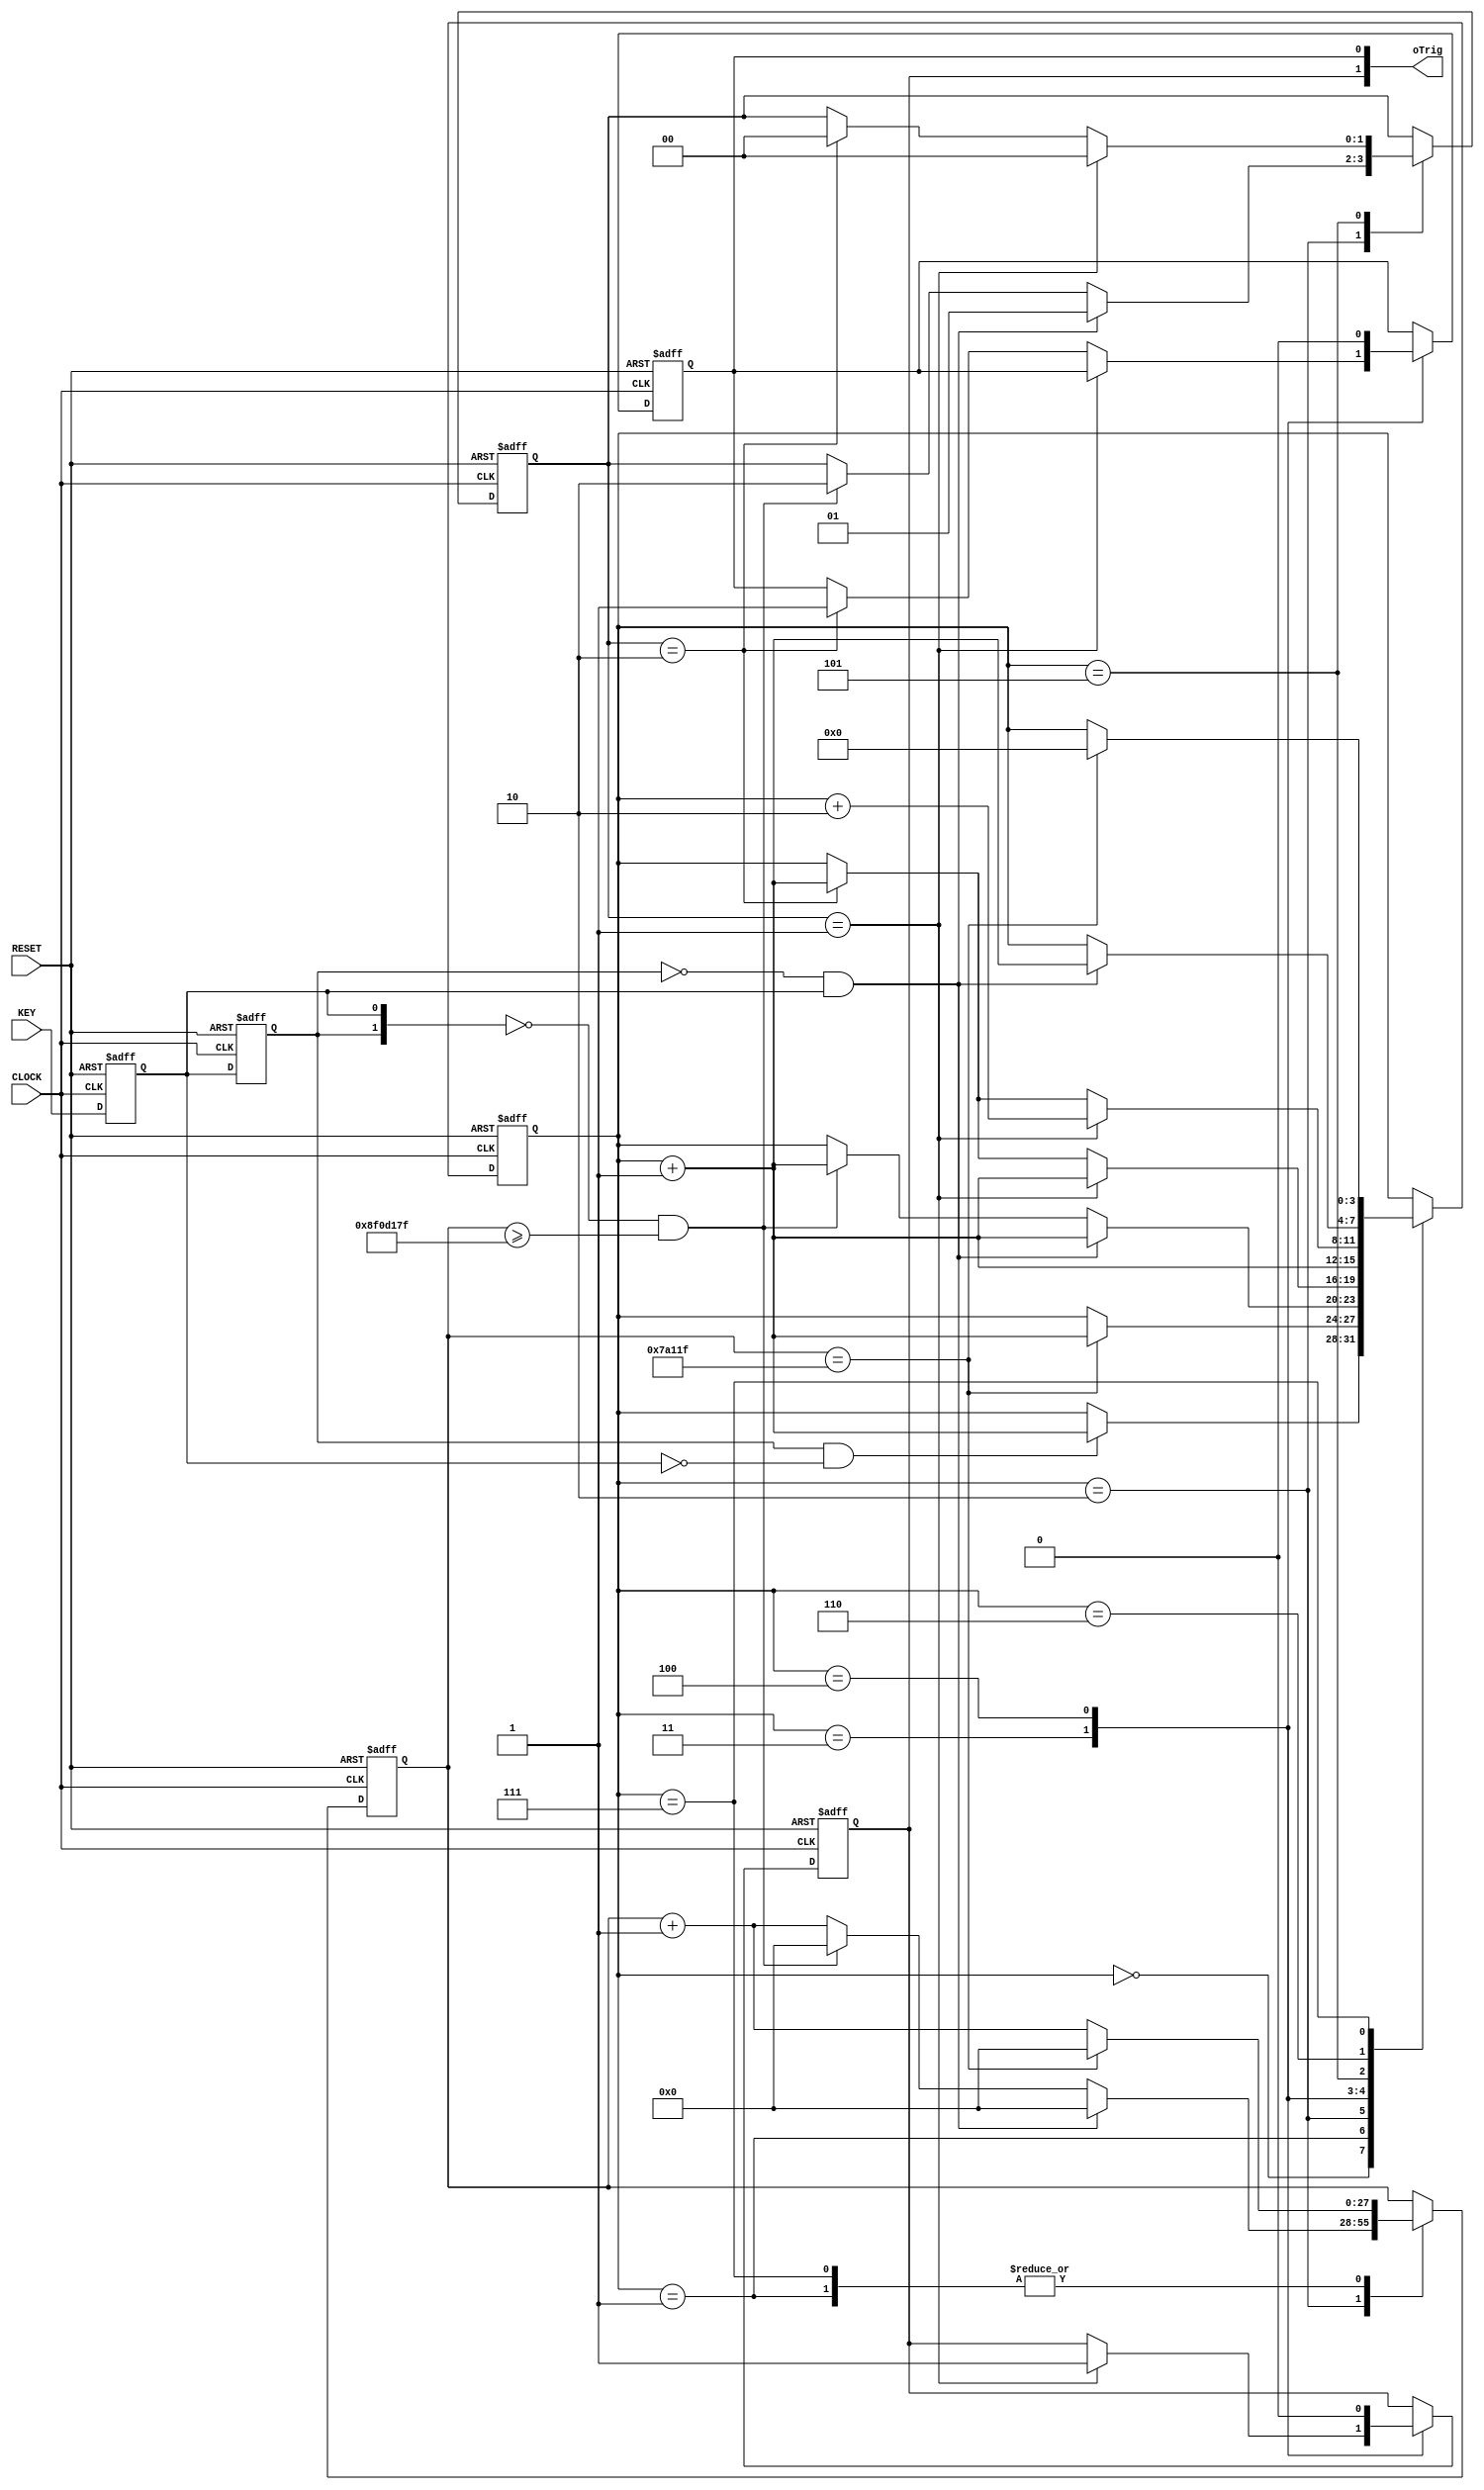
module key_funcmod
(
    input CLOCK, RESET,
	 input KEY,
	 output [1:0]oTrig
);
     parameter T10MS = 26'd500_000;   // Deboucing time
	 parameter T3S = 28'd150_000_000; // Long press time
	 
	 /*****************************************/ //sub
	 
	 reg F2,F1; 
		 
	 always @ ( posedge CLOCK or negedge RESET ) 
	     if( !RESET ) 
		      { F2, F1 } <= 2'b11;
		  else 
		      { F2, F1 } <= { F1, KEY };
				
	 /*****************************************/ //core
	
	 wire isH2L = ( F2 == 1 && F1 == 0 ); 
	 wire isL2H = ( F2 == 0 && F1 == 1 );
	 reg [3:0]i;
	 reg isLClick,isSClick;
	 reg [1:0]isTag;
	 reg [27:0]C1;
	 
	 always @ ( posedge CLOCK or negedge RESET )
	     if( !RESET )
		       begin
				    i <= 4'd0;
					 isLClick <= 1'd0;
					 isSClick <= 1'b0;
					 isTag <= 2'd0;
					 C1 <= 28'd0;
				 end
		  else
		      case(i)
					 
					 0: // Wait H2L
					 if( isH2L ) i <= i + 1'b1; 
					 
					 1: // H2L debouce
					 if( C1 == T10MS -1 ) begin C1 <= 28'd0; i <= i + 1'b1; end
					 else C1 <= C1 + 1'b1;
					 
					 2: // Key Tag Check 	 
					 if( isL2H ) begin isTag <= 2'd1; C1 <= 28'd0; i <= i + 1'b1; end
					 else if( {F2,F1} == 2'b00 && C1 >= T3S -1 ) begin isTag <= 2'd2; C1 <= 28'd0; i <= i + 1'd1; end
					 else C1 <= C1 + 1'b1;	
					 
					 3: // Tag Trigger (pree up)
					 if( isTag == 2'd1 ) begin isSClick <= 1'b1; i <= i + 1'b1; end
					 else if( isTag == 2'd2 ) begin isLClick <= 1'b1; i <= i + 1'b1; end
					 
					 4: // Tag Trigger (pree down)
					 begin { isLClick,isSClick } <= 2'b00; i <= i + 1'b1; end
					 
					 5: // L2H deboce check
					 if( isTag == 2'd1 ) begin isTag <= 2'd0; i <= i + 2'd2; end
					 else if( isTag == 2'd2 ) begin isTag <= 2'd0; i <= i + 1'b1; end
					 
					 6: // Wait L2H
					 if( isL2H )i <= i + 1'b1; 
					 
					 7: // L2H debonce
					 if( C1 == T10MS -1 ) begin C1 <= 28'd0; i <= 4'd0; end
					 else C1 <= C1 + 1'b1;
					 
				endcase
				
	/*************************/ 
		 
	assign oTrig = { isSClick,isLClick };  	 
	
endmodule